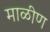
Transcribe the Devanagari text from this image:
माळीण